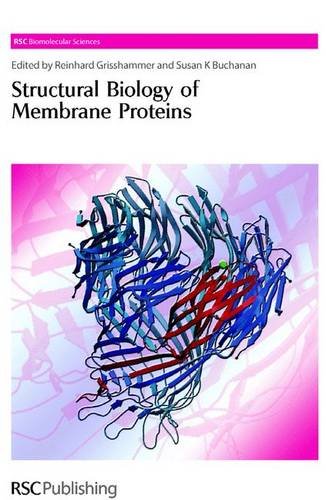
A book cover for Structural Biology of Membrane Proteins: RSC (RSC Biomolecular Sciences); Science & Math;